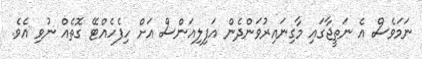
ނަމަވެސް އެ ނަތީޖާގައި މާގިނައިރުވަންދެން އަފިލިއަންސް އަށް ހިފެހެއްޓޭ ގޮތެއް ނުވި އެވެ.